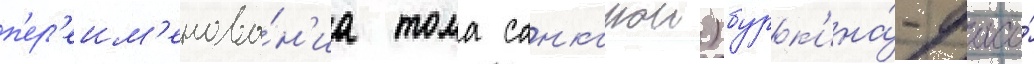
п'ер'еим'енова́н'иа тома санкарои) бурк'ина́-фасо́